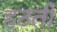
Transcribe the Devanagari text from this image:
हठती